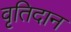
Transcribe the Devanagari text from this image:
वृतिदान